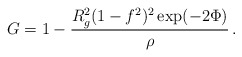
\begin{align*}G = 1 - \frac{R_g^2(1-f^2)^2\exp(-2\Phi)}{\rho}\,.\end{align*}